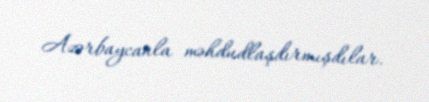
Azərbaycanla məhdudlaşdırmışdılar.